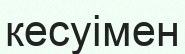
кесуімен